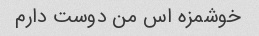
خوشمزه اس من دوست دارم